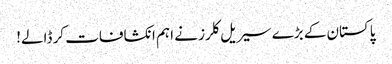
پاکستان کے بڑے سیریل کلرز نے اہم انکشافات کر ڈالے!